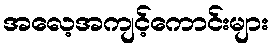
အလေ့အကျင့်ကောင်းများ